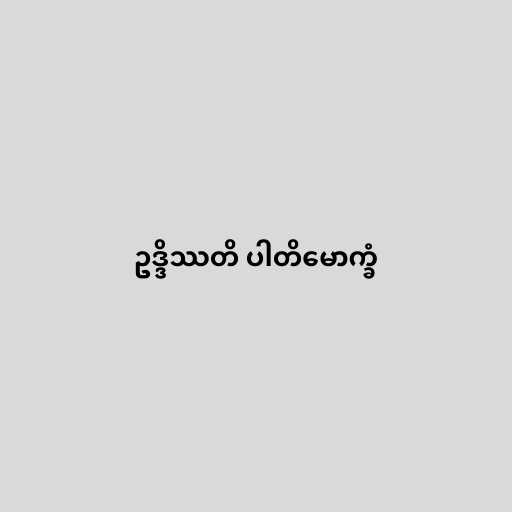
ဥဒ္ဒိဿတိ ပါတိမောက္ခံ